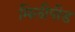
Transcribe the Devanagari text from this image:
मिलीपीड